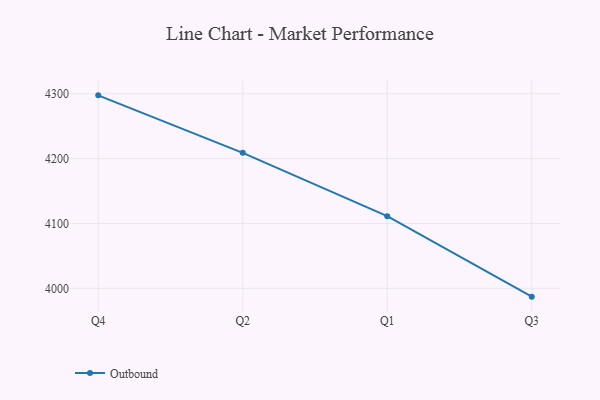
{"axis": {"x": "Quarter", "y": "Active Users"}, "legend": ["Outbound"], "data": [{"x": "Q4", "y": 4297.6, "type": "Outbound"}, {"x": "Q2", "y": 4208.9, "type": "Outbound"}, {"x": "Q1", "y": 4111.3, "type": "Outbound"}, {"x": "Q3", "y": 3987.2, "type": "Outbound"}]}